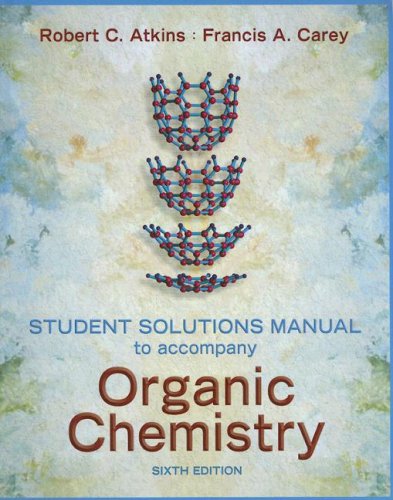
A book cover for Solutions Manual to accompany Organic Chemistry; Robert C. Atkins; Health, Fitness & Dieting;